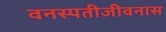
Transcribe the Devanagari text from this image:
वनस्पतीजीवनास